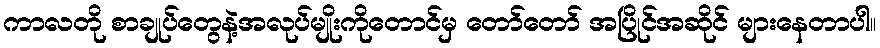
ကာလတို စာချုပ်တွေနဲ့အလုပ်မျိုးကိုတောင်မှ တော်တော် အပြိုင်အဆိုင် များနေတာပါ။